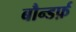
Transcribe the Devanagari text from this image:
बौन्डर्फ़